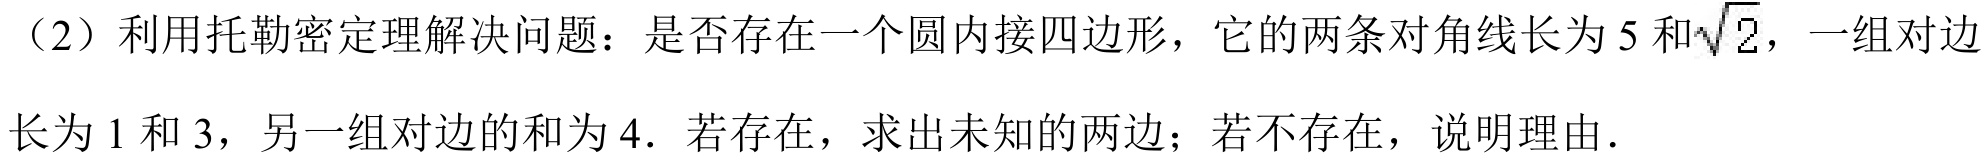
（2）利用托勒密定理解决问题：是否存在一个圆内接四边形，它的两条对角线长为\(5\)和\(\sqrt{2}\)，一组对边长为\(1\)和\(3\)，另一组对边的和为\(4\)．若存在，求出未知的两边；若不存在，说明理由．